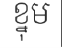
ខ្នុម